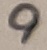
Text: 9